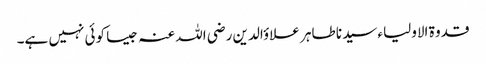
قدوۃ الاولیاء سیدنا طاہر علاؤالدین رضی اللہ عنہ جیسا کوئی نہیں ہے۔